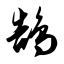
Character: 鹄